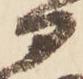
部